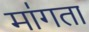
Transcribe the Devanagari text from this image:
मा॑गता